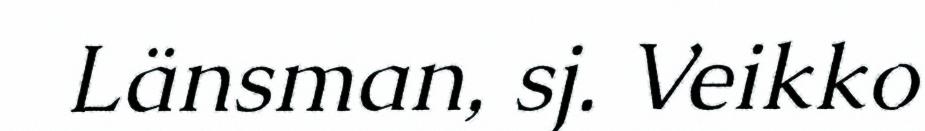
Länsman, sj. Veikko